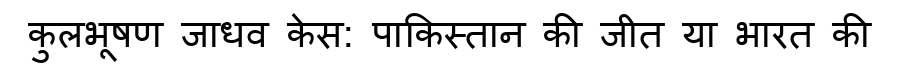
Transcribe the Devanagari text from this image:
कुलभूषण जाधव केस: पाकिस्तान की जीत या भारत की